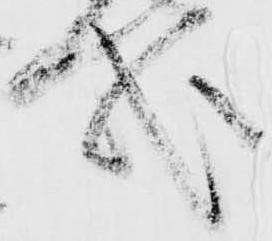
哉